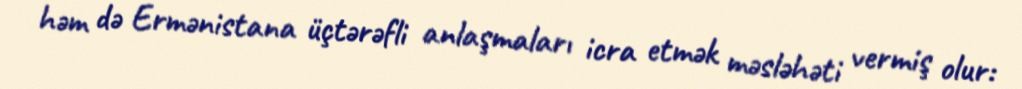
həm də Ermənistana üçtərəfli anlaşmaları icra etmək məsləhəti vermiş olur: